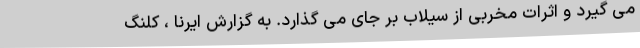
می گیرد و اثرات مخربی از سیلاب بر جای می گذارد. به گزارش ایرنا ، کلنگ